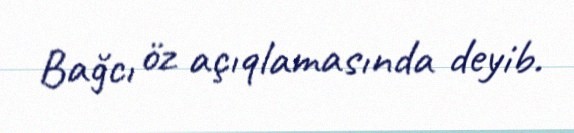
Bağcı öz açıqlamasında deyib.